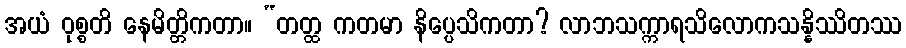
အယံ ဝုစ္စတိ နေမိတ္တိကတာ။ “တတ္ထ ကတမာ နိပ္ပေသိကတာ? လာဘသက္ကာရသိလောကသန္နိဿိတဿ